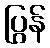
ပြွန်